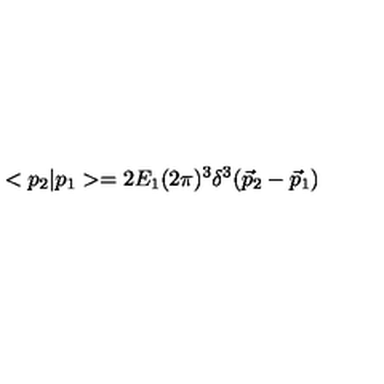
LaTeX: < p _ { 2 } | p _ { 1 } > = 2 E _ { 1 } ( 2 \pi ) ^ { 3 } \delta ^ { 3 } ( \vec { p } _ { 2 } - \vec { p } _ { 1 } )